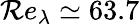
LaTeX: \mathcal{R}e_{\lambda}\simeq63.7